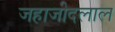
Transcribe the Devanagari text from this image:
जहाजीदलाल